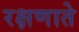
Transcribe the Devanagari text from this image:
रक्षणाते